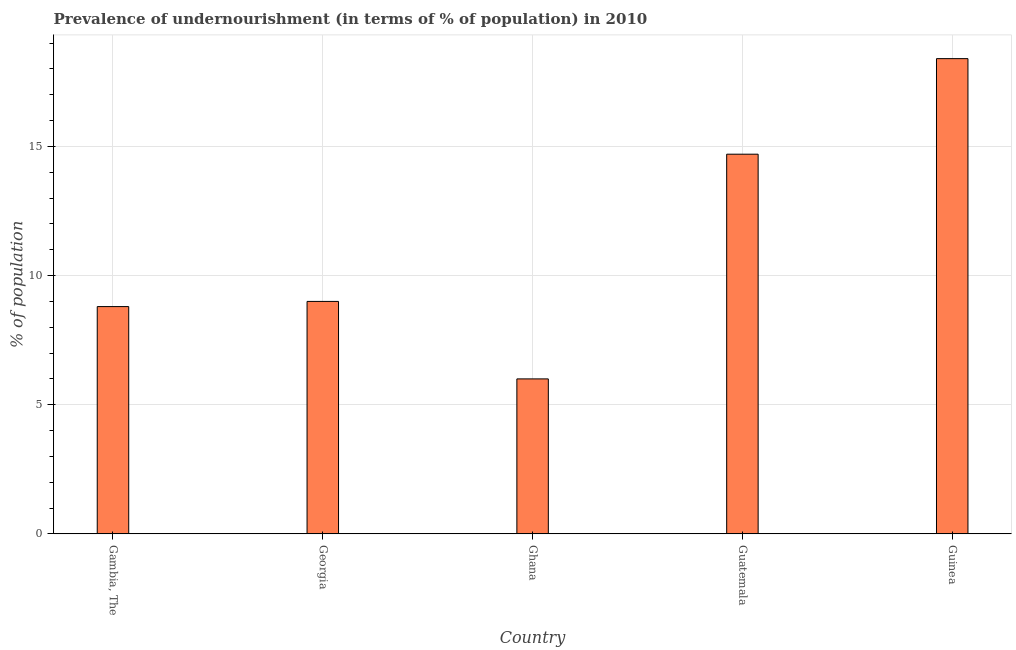
| Country | Prevalence of undernourishment |
 | --- | --- |
 | Gambia, The | 8.8 |
 | Georgia | 9 |
 | Ghana | 6 |
 | Guatemala | 14.7 |
 | Guinea | 18.4 |